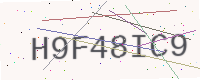
Text: H9F48IC9